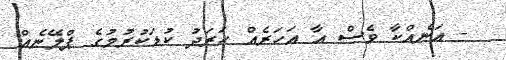
- އަނެއްކާ ވެސް އާ އަހަރެއް ހަރަދު ކުޑަކުރުމުގެ ޕްލޭނެއް